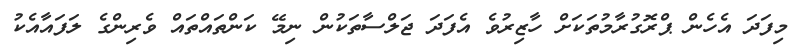
މިފަދަ އެހެން ޕްރޮގުރާމުތަކަށް ހާޒިރުވެ އެފަދަ ޖަލްސާތަކުން ނިމޭ ކަންތައްތައް ވެރިންގެ ލަފައާއެކު